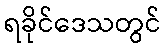
ရခိုင်ဒေသတွင်